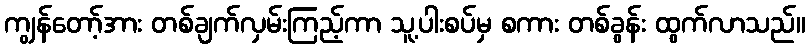
ကျွန်တော့်အား တစ်ချက်လှမ်းကြည့်ကာ သူ့ပါးစပ်မှ စကား တစ်ခွန်း ထွက်လာသည်။